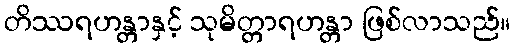
တိဿရဟန္တာနှင့် သုမိတ္တာရဟန္တာ ဖြစ်လာသည်။